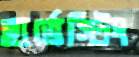
হার্ভেস্টিং